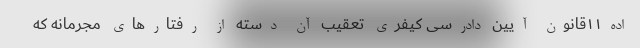
اده۱۱قانون آیین دادرسی کیفری تعقیب آن دسته از رفتارهای مجرمانه که